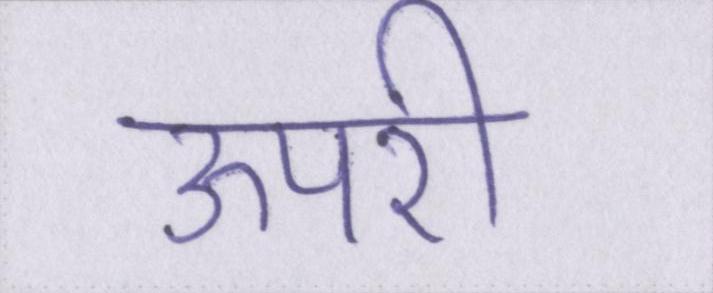
ऊपरी